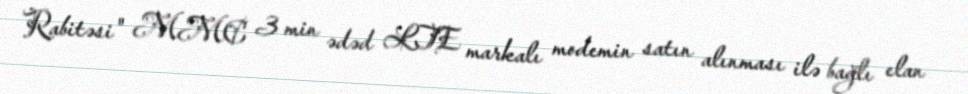
Rabitəsi" MMC 3 min ədəd LTE markalı modemin satın alınması ilə bağlı elan